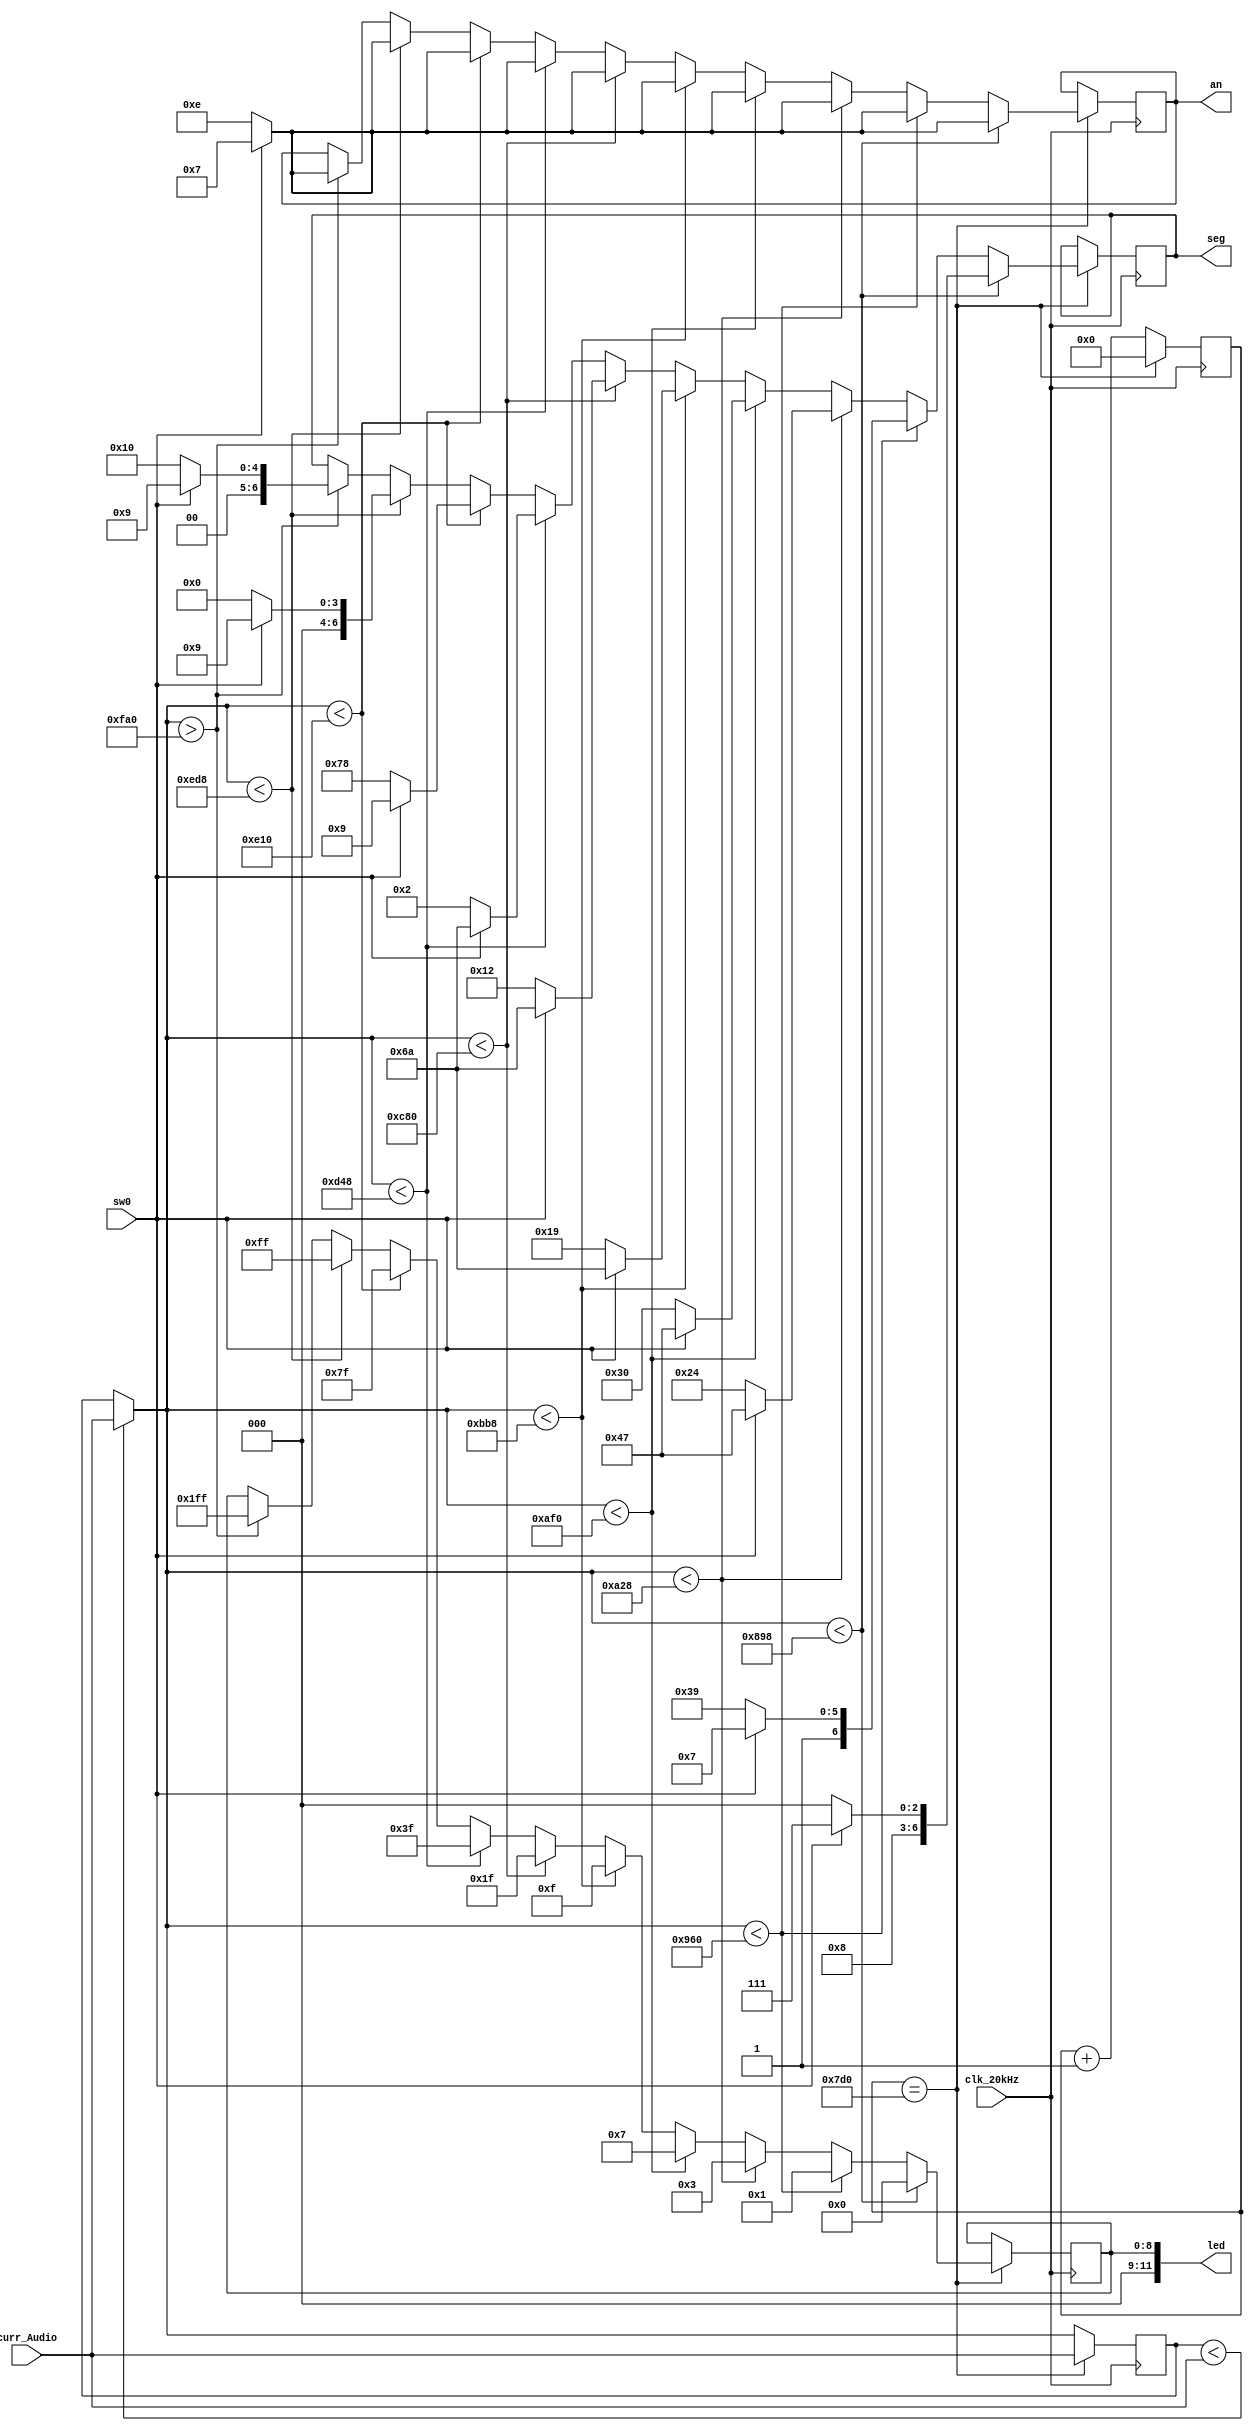
`timescale 1ns / 1ps
//////////////////////////////////////////////////////////////////////////////////
// Company: 
// Engineer: 
// 
// Design Name: 
// Module Name: individual_a
// Project Name: 
// Target Devices: 
// Tool Versions: 
// Description: 
// 
// Dependencies: 
// 
// Revision:
// Revision 0.01 - File Created
// Additional Comments:
// 
//////////////////////////////////////////////////////////////////////////////////


module individual_a(
    input clk_20kHz,
    input sw0,
    input [11:0] curr_Audio,
    output reg [11:0] led = 12'b000000000000,
    output reg [3:0] an = 4'b1110,
    output reg [6:0] seg = 7'b1111111
    );

    reg [31:0] count = 0;
    reg [11:0] max_Audio = 0;
    
    reg [6:0] low = 7'b1000111; // display L on anode
    reg [6:0] med = 7'b1101010; // display m on anode
    reg [6:0] high = 7'b0001001; // display H on anode
    
    reg [6:0] zero = 7'b1000000; // display 0 on anode
    reg [6:0] one = 7'b1111001; // display 1 on anode
    reg [6:0] two = 7'b0100100; // display 2 on anode
    reg [6:0] three = 7'b0110000; // display 3 on anode
    reg [6:0] four = 7'b0011001; // display 4 on anode
    reg [6:0] five = 7'b0010010; // display 5 on anode
    reg [6:0] six = 7'b0000010; // display 6 on anode
    reg [6:0] seven = 7'b1111000; // display 7 on anode
    reg [6:0] eight = 7'b0000000; // display 8 on anode
    reg [6:0] nine = 7'b0010000; // display 9 on anode

    always @ (posedge clk_20kHz) begin
        count <= count + 1;
        if (max_Audio < curr_Audio) begin
            max_Audio = curr_Audio;
        end
        if (count == 2000) begin
            if (max_Audio < 2200)
            begin
                led[8:0] <= 9'b0000_00000;
                an <= 4'b1110;
                seg <= zero; // 0
                if (sw0)
                begin
                    led[8:0] <= 9'b0;
                    an <= 4'b0111;
                    seg <= low;
                end
            end
            else if (max_Audio < 2400)
            begin
                led[8:0] <= 9'b0000_00001;
                an <= 4'b1110;
                seg <= one; // 1
                if (sw0)
                begin
                    led[8:0] <= 9'b1;
                    an <= 4'b0111;
                    seg <= low; 
                end
            end
            else if (max_Audio < 2600)
            begin
                led[8:0] <= 9'b0000_00011;
                an <= 4'b1110;
                seg <= two; // 2
                if (sw0)
                begin
                    led[8:0] <= 9'b11;
                    an <= 4'b0111;
                    seg <= low;
                end
            end
            else if (max_Audio < 2800)
            begin
                led[8:0] <= 9'b0000_00111;
                an <= 4'b1110;
                seg <= three; // 3
                if (sw0)
                begin
                    led[8:0] <= 9'b111;
                    an <= 4'b0111;
                    seg <= low;
                end
            end
            else if (max_Audio < 3000)
            begin
                led[8:0] <= 9'b0000_01111;  
                an <= 4'b1110;
                seg <= four; // 4
                if (sw0)
                begin
                     led[8:0] <= 9'b1111;
                     an <= 4'b0111;
                     seg <= med;
                 end
            end                                              
            else if (max_Audio < 3200)
            begin
                led[8:0] <= 9'b0000_11111;
                an <= 4'b1110;
                seg <= five; // 5
                if (sw0)
                begin
                    led[8:0] <= 9'b11111;
                    an <= 4'b0111;
                    seg <= med;
                end
            end
            else if (max_Audio < 3400)
            begin
                led[8:0] <= 9'b000_111111;
                an <= 4'b1110;
                seg <= six;// 6
                if (sw0)
                begin
                    led[8:0] <= 9'b111111;
                    an <= 4'b0111;
                    seg <= med;
                end 
            end
            else if (max_Audio < 3600)
            begin
                led[8:0] <= 9'b00_1111111;
                an <= 4'b1110;
                seg <= seven; // 7
                if (sw0)
                begin
                    led[8:0] <= 9'b1111111;
                    an <= 4'b0111;
                    seg <= high;
                end
            end
            else if (max_Audio < 3800)
            begin
                led[8:0] <= 9'b0_11111111;
                an <= 4'b1110;
                seg <= eight; // 8
                if (sw0)
                begin
                    led[8:0] <= 9'b11111111;
                    an <= 4'b0111;
                    seg <= high; 
                end 
            end
            else if (max_Audio > 4000)
            begin 
                led[8:0] <= 9'b111111111;
                an <= 4'b1110;
                seg <= nine; // 9
                if(sw0)
                begin
                    led[8:0] <= 9'b111111111;
                    an <= 4'b0111;
                    seg <= high;
                    
                end
            end
            max_Audio <= curr_Audio;
            count <= 0;                
        end
    end
endmodule